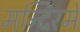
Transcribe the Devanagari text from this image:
मन्दिरमें